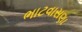
ભાટવાસણા